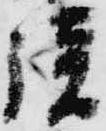
談